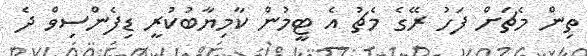
ތިން މެޗަށް ފަހު ރޭގެ މެޗު އެ ޓީމުން ކާމިޔާބުކުރީ ޑިފެންސިވް ދެ